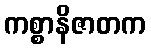
ကစ္စာနိဇာတက